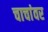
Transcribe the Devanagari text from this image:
चाचांवर